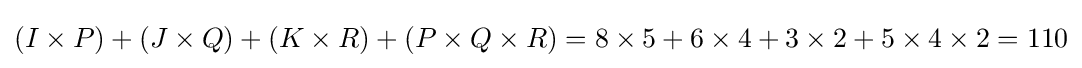
(I\times P)+(J\times Q)+(K\times R)+(P\times Q\times R)=8\times 5+6\times 4+3\times 2+5\times 4\times 2=110